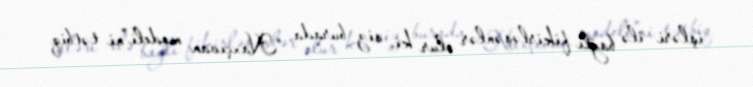
işləri ilə bağlı fikirləşənlər olur ki, siz burada “Naxçıvan modeli”ni tətbiq